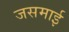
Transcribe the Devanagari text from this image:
जसमाई